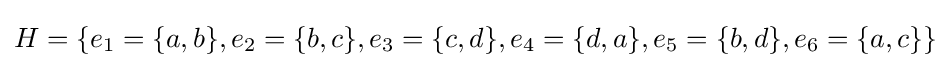
H=\lbrace e_{1}=\lbrace a,b\rbrace ,e_{2}=\lbrace b,c\rbrace ,e_{3}=\lbrace c,d\rbrace ,e_{4}=\lbrace d,a\rbrace ,e_{5}=\lbrace b,d\rbrace ,e_{6}=\lbrace a,c\rbrace \rbrace